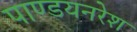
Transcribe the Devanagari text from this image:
पाण्डयनरेश